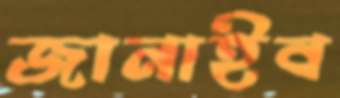
জানাইব